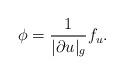
LaTeX: \begin{align*}\phi = \frac{1}{|\partial u|_g} f_{u}.\end{align*}